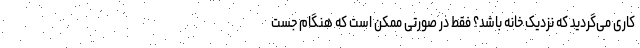
کاری می‌گردید که نزدیک خانه باشد؟ فقط در صورتی ممکن است که هنگام جست